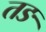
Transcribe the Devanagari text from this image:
तङ